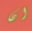
ان